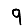
Digit: 9